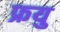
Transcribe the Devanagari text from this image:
फ्रयु